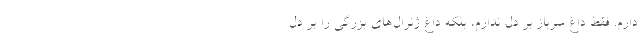
دارم. فقط داغ سرباز بر دل ندارم، بلکه داغ ژنرال‌های بزرگی را بر دل